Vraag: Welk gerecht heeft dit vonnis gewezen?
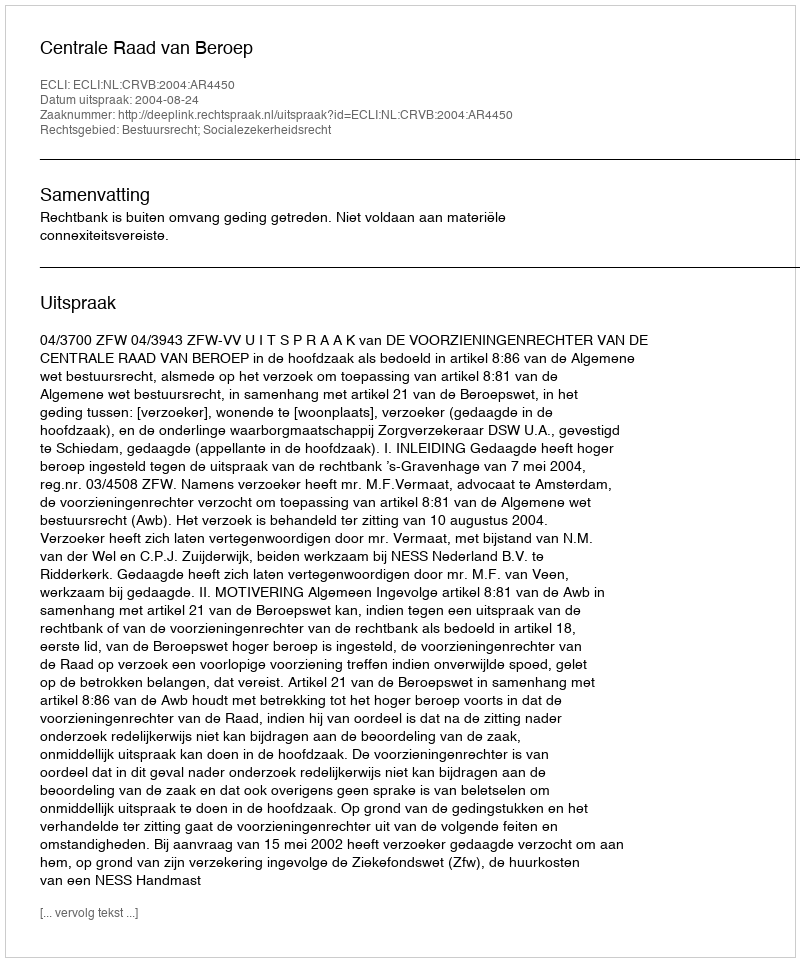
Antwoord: Centrale Raad van Beroep